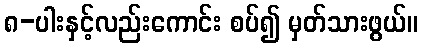
၈-ပါးနှင့်လည်းကောင်း စပ်၍ မှတ်သားဖွယ်။